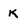
Character: K